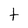
Character: t